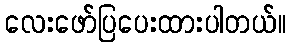
လေးဖော်ပြပေးထားပါတယ်။